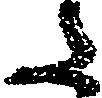
た